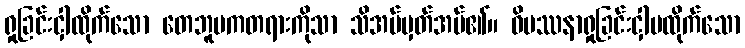
ရှုခြင်းငှါထိုက်သော တေဘူမကတရားကိုသာ သိအပ်မှတ်အပ်၏။ ဝိပဿနာရှုခြင်းငှါမထိုက်သော